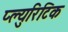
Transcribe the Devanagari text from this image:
प्ल्युरिटिक